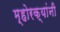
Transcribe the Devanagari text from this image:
म्होरक्‍यांनी